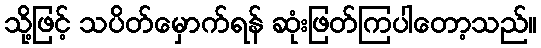
သို့ဖြင့် သပိတ်မှောက်ရန် ဆုံးဖြတ်ကြပါတော့သည်။